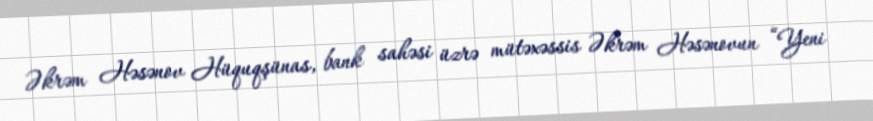
Əkrəm Həsənov Hüquqşünas, bank sahəsi üzrə mütəxəssis Əkrəm Həsənovun “Yeni